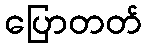
ပြောတတ်